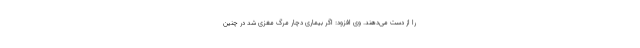
را از دست می‌دهند. وی افزود: اگر بیماری دچار مرگ مغزی شد در چنین